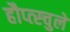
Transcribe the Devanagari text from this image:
हौप्त्स्चुले